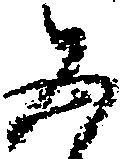
五